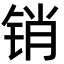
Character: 销